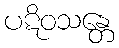
ပဋိဝသန္တေ